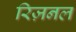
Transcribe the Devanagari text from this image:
रिज़नल